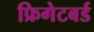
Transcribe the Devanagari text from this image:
फ्रिगेटबर्ड